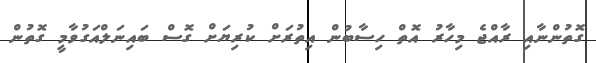
ގޮތުންނާއި ރާއްޖެ މިހާރު އޮތް ހިސާބުން އިތުރަށް ކުރިޔަށް ގޮސް ބައިނަލްއަގުވާމީ ގޮތުން